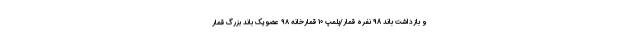
و بازداشت باند 98 نفره قمار/پلمپ 10 قمارخانه ۹۸ عضو یک باند بزرگ قمار